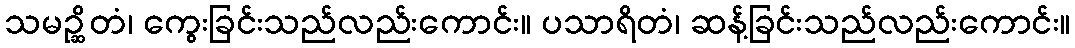
သမဉ္ဆိတံ၊ ကွေးခြင်းသည်လည်းကောင်း။ ပသာရိတံ၊ ဆန့်ခြင်းသည်လည်းကောင်း။